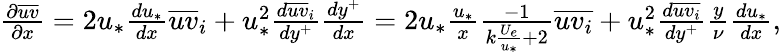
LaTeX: \begin{array}{r}{\frac{\partial\overline{{uv}}}{\partial x}=2u_{*}\frac{du_{*}}{dx}\overline{{uv}}_{i}+u_{*}^{2}\frac{d\overline{{uv}}_{i}}{dy^{+}}\frac{dy^{+}}{dx}=2u_{*}\frac{u_{*}}{x}\frac{-1}{k\frac{U_{e}}{u_{*}}+2}\overline{{uv_{i}}}+u_{*}^{2}\frac{d\overline{{uv_{i}}}}{dy^{+}}\frac{y}{\nu}\frac{du_{*}}{dx},}\end{array}